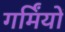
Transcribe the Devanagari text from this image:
गर्मिंयों